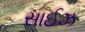
સાઈઝ